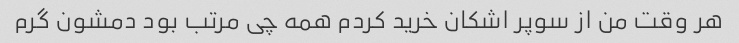
هر وقت من از سوپر اشکان خرید کردم همه چی مرتب بود دمشون گرم